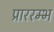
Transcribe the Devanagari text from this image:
प्राररम्भ